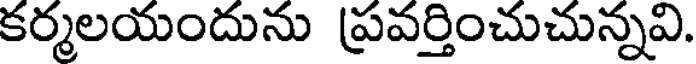
కర్మలయందును ప్రవర్తించుచున్నవి.